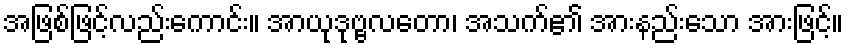
အဖြစ်ဖြင့်လည်းကောင်း။ အာယုဒုဗ္ဗလတော၊ အသက်၏ အားနည်းသော အားဖြင့်။